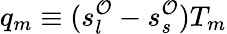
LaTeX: q_{m}\equiv(s_{l}^{\mathcal{O}}-s_{s}^{\mathcal{O}})T_{m}